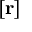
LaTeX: [ \mathbf { r } ]